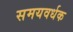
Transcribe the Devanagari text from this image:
समयवर्धक